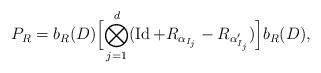
LaTeX: \begin{align*} P_R = b_R(D)\Bigl[\bigotimes_{j=1}^d(\operatorname{Id}+R_{\alpha_{I_j}}-R_{\alpha_{I_j}'})\Bigr]b_R(D),\end{align*}